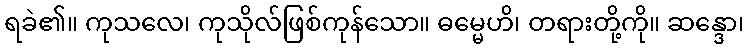
ရခဲ၏။ ကုသလေ၊ ကုသိုလ်ဖြစ်ကုန်သော။ ဓမ္မေဟိ၊ တရားတို့ကို။ ဆန္ဒော၊